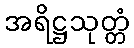
အရိဋ္ဌသုတ္တံ